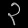
Digit: ၃